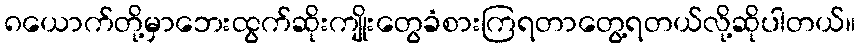
၈ယောက်တို့မှာဘေးထွက်ဆိုးကျိုးတွေခံစားကြရတာတွေ့ရတယ်လို့ဆိုပါတယ်။